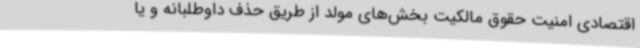
اقتصادی امنیت حقوق مالکیت بخش‌های مولد از طریق حذف داوطلبانه و یا